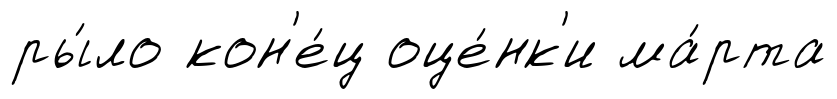
ры́ло кон'е́ц оце́нк'и ма́рта